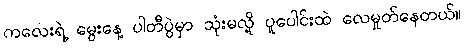
ကလေးရဲ့ မွေးနေ့ ပါတီပွဲမှာ သုံးမလို့ ပူပေါင်းထဲ လေမှုတ်နေတယ်။